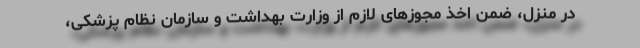
در منزل، ضمن اخذ مجوزهای لازم از وزارت بهداشت و سازمان نظام پزشکی،